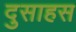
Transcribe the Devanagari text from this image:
दुसाहस